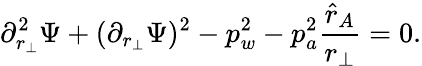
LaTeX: \partial_{r_{\perp}}^{2}\Psi+(\partial_{r_{\perp}}\Psi)^{2}-p_{w}^{2}-p_{a}^{2}{\frac{\hat{r}_{A}}{r_{\perp}}}=0.